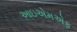
આઇએમએફ